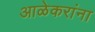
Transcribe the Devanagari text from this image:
आळेकरांना